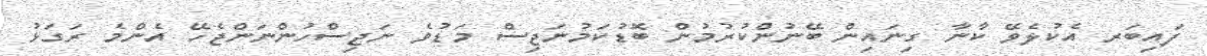
ފައިބަރ އެކުލެވޭ ކާނާ ގިނައިން ބޭނުންކުރުމުން ބޮޑުކަމުނަޖިސް މަޑުވެ ނަޖިސްހުންނަންޖެހޭ އެންމެ ރަގަޅު